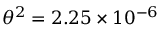
\theta ^ { 2 } = 2 . 2 5 \times 1 0 ^ { - 6 }